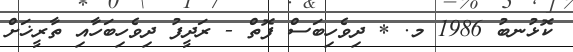
ކޮޅުނބު 1986 މ. * ދިވެހިބަސް ފޮތް - ރަދީފު ދިވެހިބަހާއި ތާރީޚަށް